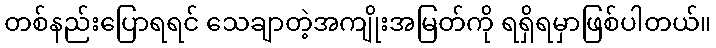
တစ်နည်းပြောရရင် သေချာတဲ့အကျိုးအမြတ်ကို ရရှိရမှာဖြစ်ပါတယ်။